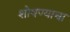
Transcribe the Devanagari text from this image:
शोषण्याचा